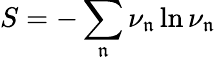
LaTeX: S=-\sum_{\mathfrak{n}}\nu_{\mathfrak n}\ln\nu_{\mathfrak n}